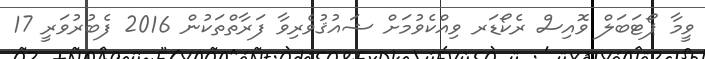
ވީމާ ޕޯޓަބަލް ވޮއިސް ރެކޯޑަރ ވިއްކެވުމަށް ޝައުޤުވެރިވާ ފަރާތްތަކުން 2016 ފެބުރުވަރީ 17